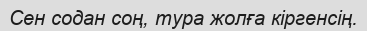
Сен содан соң, тура жолға кіргенсің.